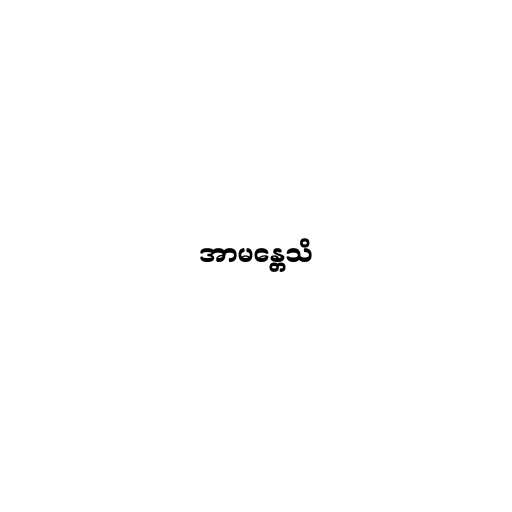
အာမန္တေသိ